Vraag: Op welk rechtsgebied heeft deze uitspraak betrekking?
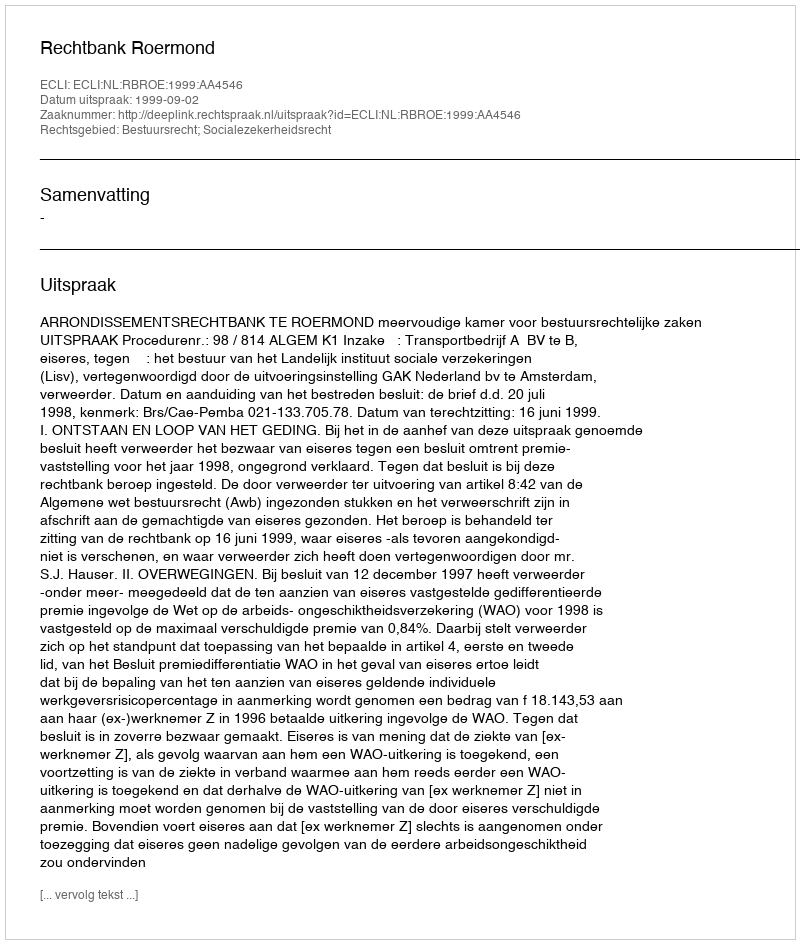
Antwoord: Bestuursrecht; Socialezekerheidsrecht